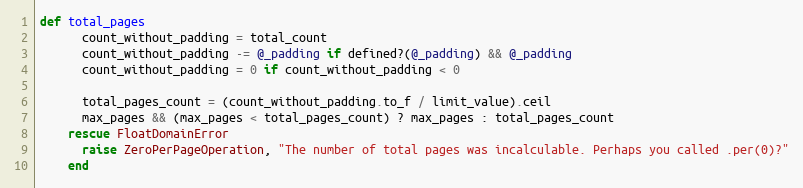
Language: Ruby
def total_pages
      count_without_padding = total_count
      count_without_padding -= @_padding if defined?(@_padding) && @_padding
      count_without_padding = 0 if count_without_padding < 0

      total_pages_count = (count_without_padding.to_f / limit_value).ceil
      max_pages && (max_pages < total_pages_count) ? max_pages : total_pages_count
    rescue FloatDomainError
      raise ZeroPerPageOperation, "The number of total pages was incalculable. Perhaps you called .per(0)?"
    end